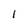
Character: 1